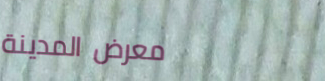
معرض المدينة